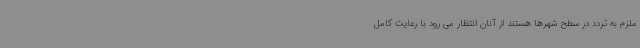
ملزم به تردد در سطح شهرها هستند از آنان انتظار می رود با رعایت کامل